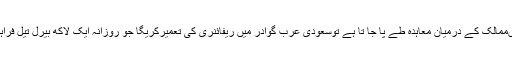
اگر دونوںممالک کے درمیان معاہدہ طے پا جا تا ہے توسعودی عرب گوادر میں ریفائنری کی تعمیرکریگا جو روزانہ ایک لاکھ بیرل تیل فراہم کریگی۔